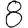
Digit: 8